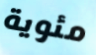
مئوية